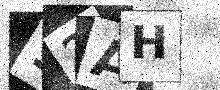
Text: 12AH